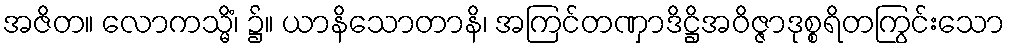
အဇိတ။ လောကသ္မိံ၊ ၌။ ယာနိသောတာနိ၊ အကြင်တဏှာဒိဋ္ဌိအဝိဇ္ဇာဒုစ္စရိတကြွင်းသော